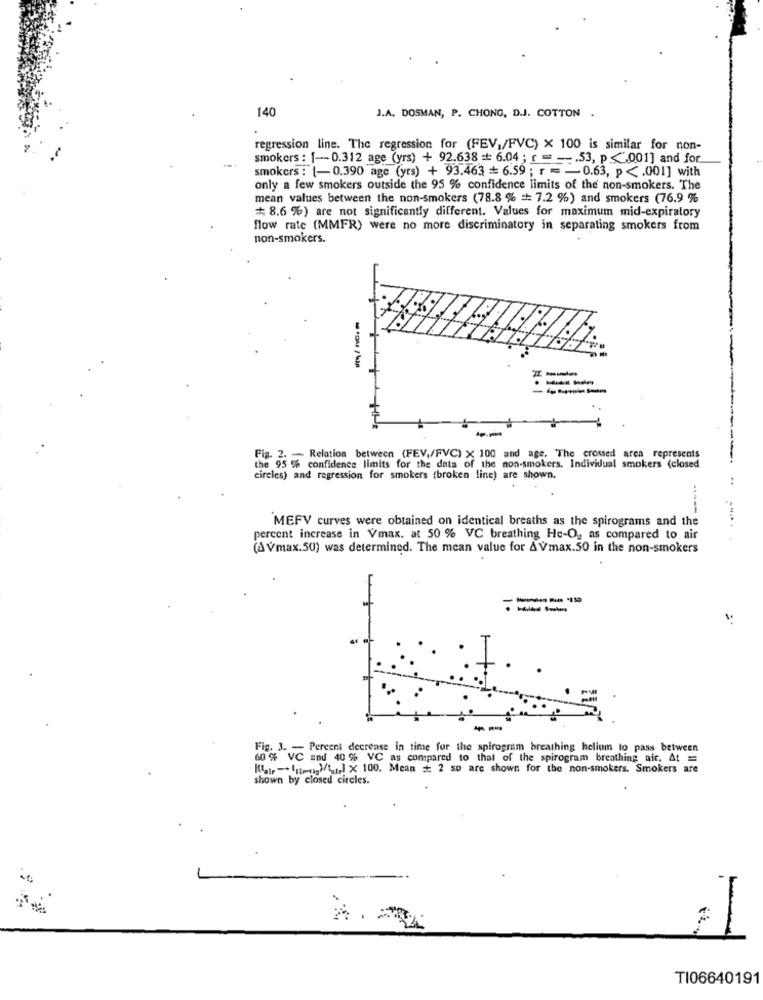
140
J.A. DOSMAN, P. CHONG, D.J. COTTON .
regression line. The regression for (FEV,/FVC) x 100 is similar for non-
smokers : [ -- 0.312 age (yrs) + 92.638 =+ 6.04 ; r = =-. 53, p<001] and for.
smokers : [-0.390 age (yes) + 93.463 = 6.59 ; r = - 0.63, p <. 001] with
only a few smokers outside the 95 % confidence limits of the non-smokers. The
mean values between the non-smokers (78.8 % = 7.2 %) and smokers (76.9 %
# 8.6 %) are not significantly different. Values for maximum mid-expiratory
flow rate (MMFR) were no more discriminatory in separating smokers from
non-smokers.
Fig. 2. - Relation between (FEV./FVC) x 100 and age. The crossed area represents
the 95 % confidence limits for the data of the non-smokers. Individual smokers (closed
circles) and regression for smokers (broken line) are shown.
MEFV curves were obtained on identical breaths as the spirograms and the
percent increase in Vmax. at 50 % VC breathing He-O, as compared to air
.....
(A Vmax.50) was determined. The mean value for AVmax.50 in the non-smokers
--
Fig. 3. - Percent decrease in time for the spirogram breathing helium to pass between
60 % VC and 40 % VC as compared to that of the spirogram breathing air, At =
(air-1200g )/tur X 100. Mean # 2 so are shown for the non-smokers. Smokers are
shown by closed circles.
TI06640191